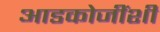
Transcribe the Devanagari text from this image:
आडकोजींशी